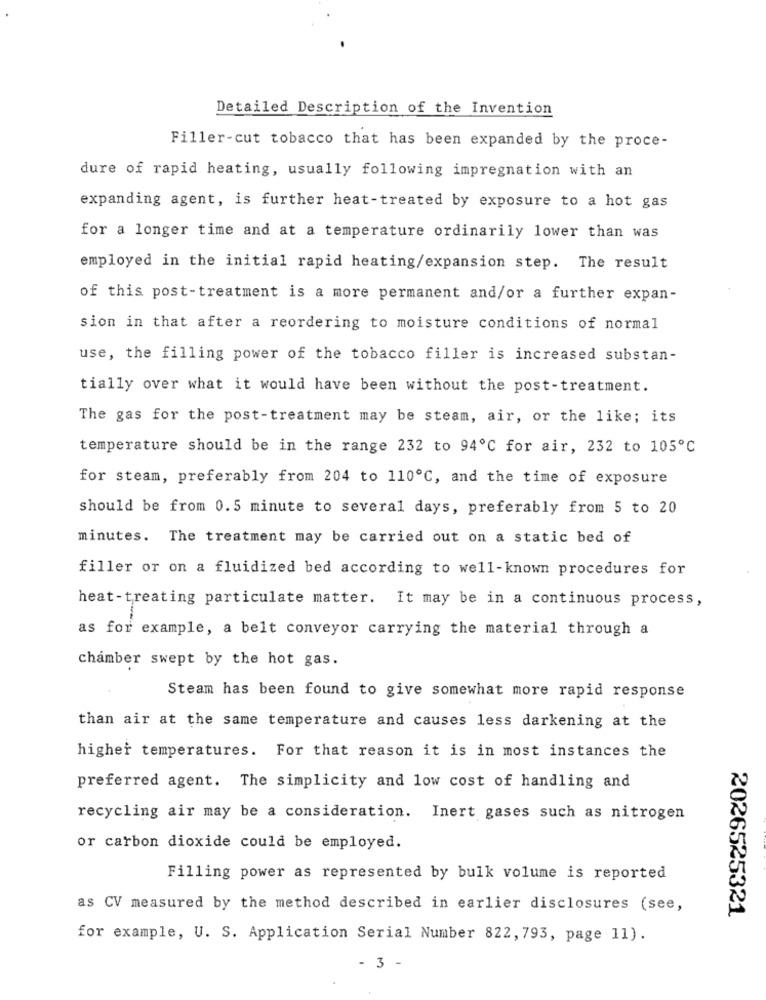
Detailed Description of the Invention
Filler-cut tobacco that has been expanded by the proce-
dure of rapid heating, usually following impregnation with an
expanding agent, is further heat-treated by exposure to a hot gas
for a longer time and at a temperature ordinarily lower than was
employed in the initial rapid heating/expansion step. The result
of this post-treatment is a more permanent and/or a further expan-
sion in that after a reordering to moisture conditions of normal
use, the filling power of the tobacco filler is increased substan-
tially over what it would have been without the post-treatment.
The gas for the post-treatment may be steam, air, or the like; its
temperature should be in the range 232 to 94℃ for air, 232 to 105℃
for steam, preferably from 204 to 110℃, and the time of exposure
should be from 0.5 minute to several days, preferably from 5 to 20
minutes. The treatment may be carried out on a static bed of
filler or on a fluidized bed according to well-known procedures for
heat-treating particulate matter. It may be in a continuous process,
as for example, a belt conveyor carrying the material through a
chamber swept by the hot gas.
Steam has been found to give somewhat more rapid response
than air at the same temperature and causes less darkening at the
higher temperatures. For that reason it is in most instances the
preferred agent. The simplicity and low cost of handling and
recycling air may be a consideration. Inert gases such as nitrogen
or carbon dioxide could be employed.
Filling power as represented by bulk volume is reported
as CV measured by the method described in earlier disclosures (see,
2026525321
for example, U. S. Application Serial Number 822, 793, page 11).
- 3 -